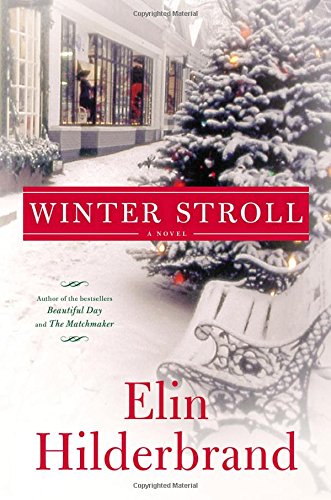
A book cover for Winter Stroll; Elin Hilderbrand; Literature & Fiction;